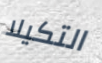
التكيلا